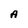
Character: A